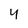
Character: 4